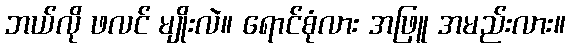
ဘယ်လို ဖလင် မျိုးလဲ။ ရောင်စုံလား အဖြူ အမည်းလား။